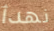
نهدأ